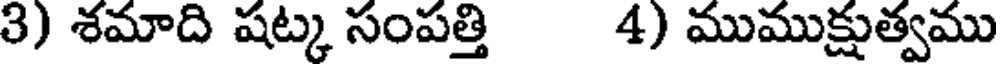
3) శమాది షట్క సంపత్తి 4) ముముక్షుత్వము